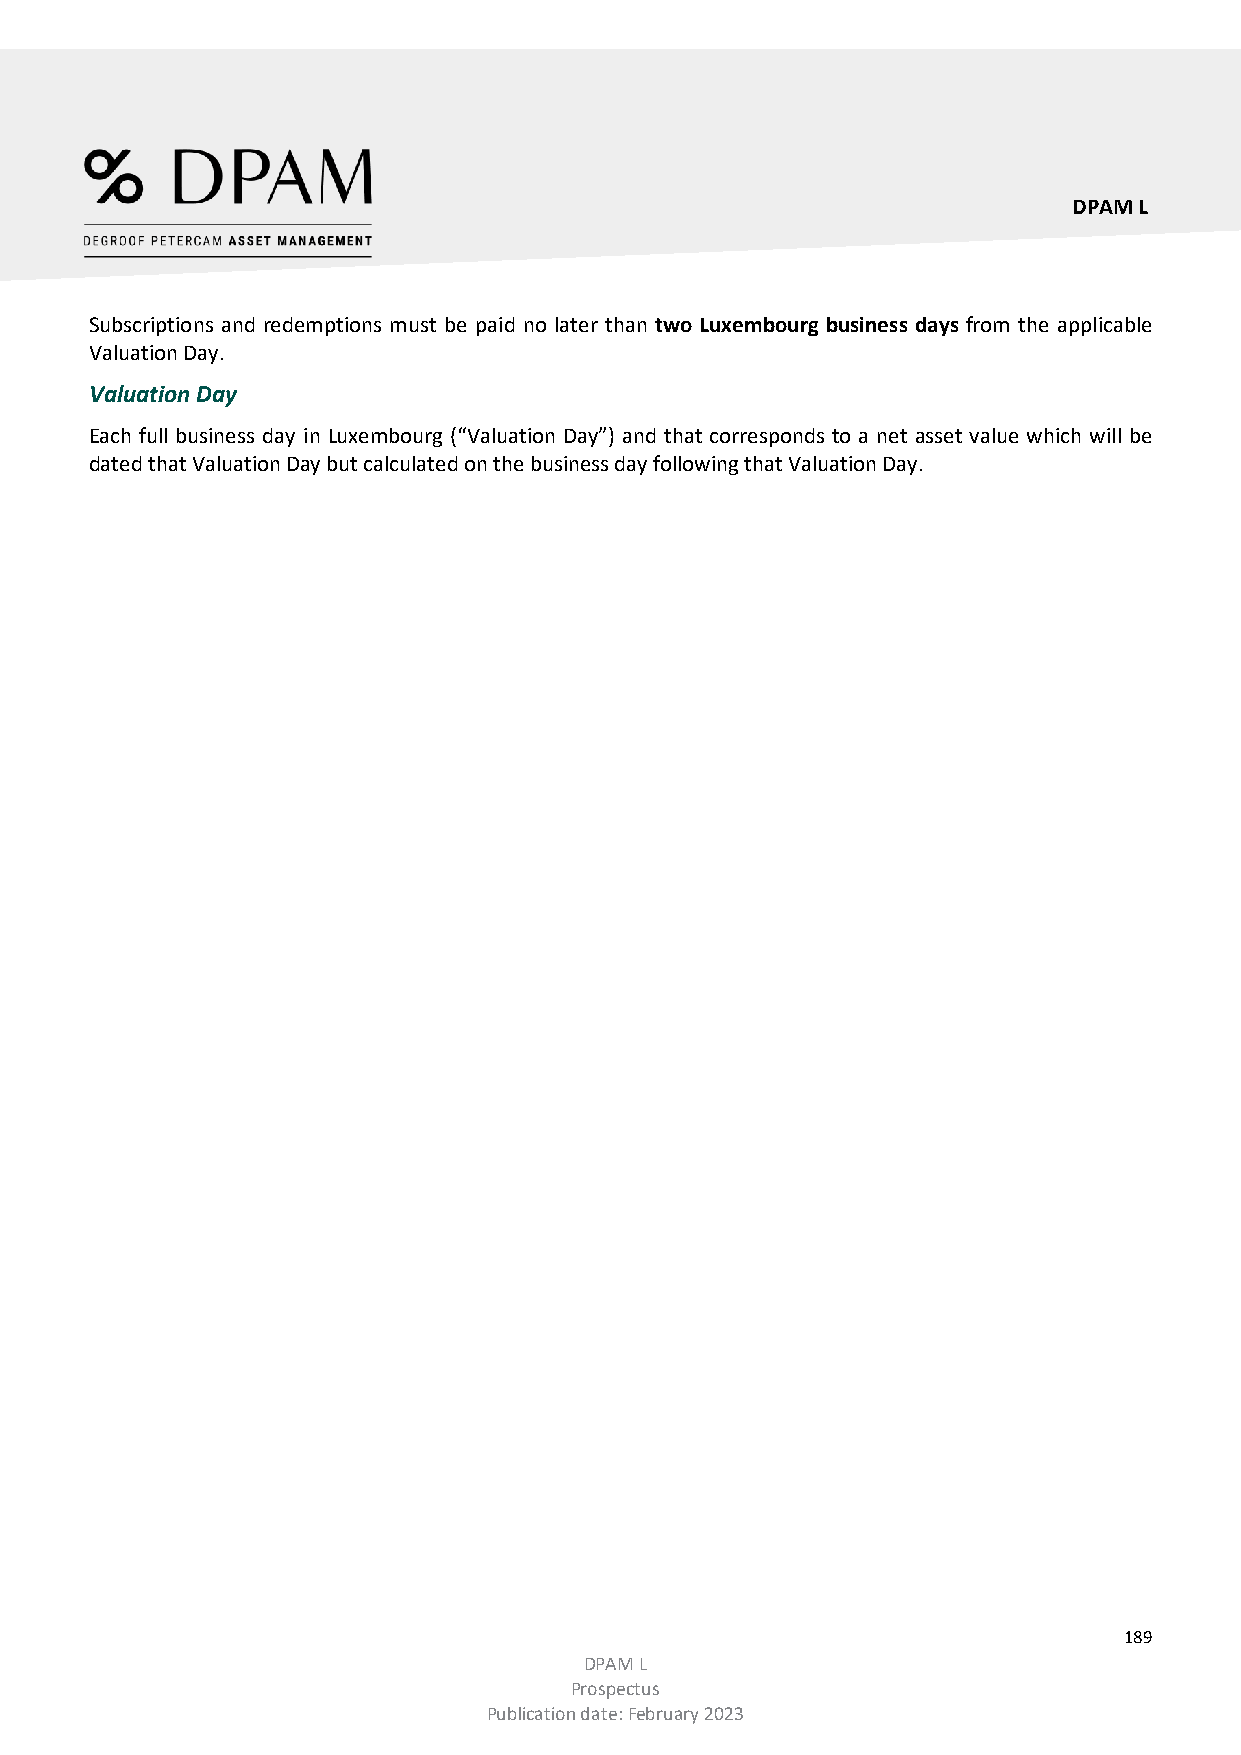
DPAM L
 Subscriptions and redemptions must be paid no later than two Luxembourg business days from the applicable
 Valuation Day.
 Valuation Day
 Each full business day in Luxembourg (“Valuation Day”) and that corresponds to a net asset value which will be
 dated that Valuation Day but calculated on the business day following that Valuation Day.
 189
 DPAM L
 Prospectus
 Publication date: February 2023